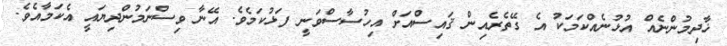
ޚާދިމުންނެއް އުޅުނެއްކަމަކު އެ ގޭތެރެއިން ޤައިސްއަށް އިހުސާސްވަނީ ފަޅުކަމެވެ. އޭނާ ވިސްނަމުންދިޔައީ އެކަމާއެވެ.